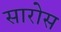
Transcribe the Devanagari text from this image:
सारोस